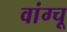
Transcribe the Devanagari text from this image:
वांग्चू